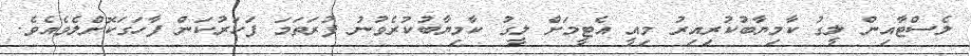
ލެސްޓާއިން ލީގު ކާމިޔާބުކުރިއިރު މިއީ އެޓީމަށް ލީގު ކާމިޔާބުކުރެވުނު ފުރަތަމަ ފަހަރުކަން ފާހަގަކޮށްލެވެއެވެ.